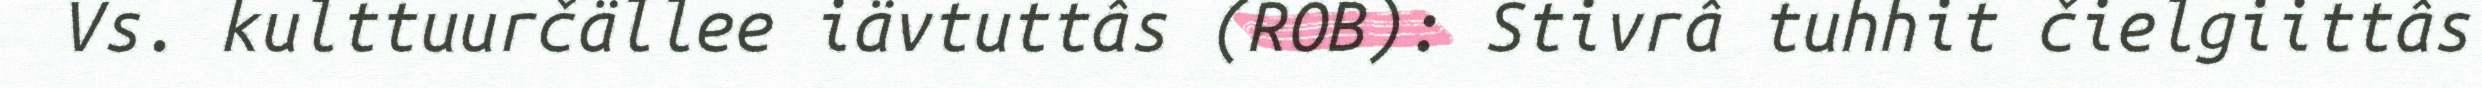
Vs. kulttuurčällee iävtuttâs (ROB): Stivrâ tuhhit čielgiittâs